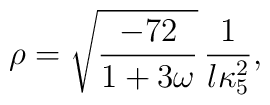
\rho =\sqrt{\frac{-72}{1+3\omega}}\, \frac{1}{l \kappa_5^2},